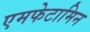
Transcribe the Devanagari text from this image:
एमफेटामिन